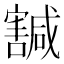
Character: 𡫴